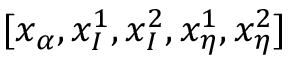
[ x _ { \alpha } , x _ { I } ^ { 1 } , x _ { I } ^ { 2 } , x _ { \eta } ^ { 1 } , x _ { \eta } ^ { 2 } ]